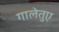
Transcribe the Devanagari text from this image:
गालेतुए